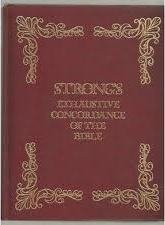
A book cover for Strong's Exhaustive Cordance of the bible; James Strong; Christian Books & Bibles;